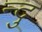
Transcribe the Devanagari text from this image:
न्दु